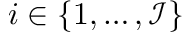
i \in \{ 1 , \ldots , \mathcal { I } \}